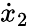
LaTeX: {\dot{x}}_{2}